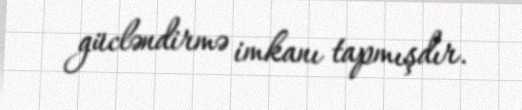
gücləndirmə imkanı tapmışdır.